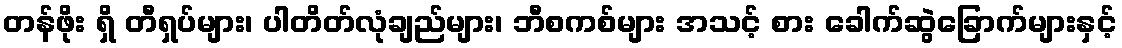
တန်ဖိုး ရှိ တီရှပ်များ၊ ပါတိတ်လုံချည်များ၊ ဘီစကစ်များ အသင့် စား ခေါက်ဆွဲခြောက်များနှင့်